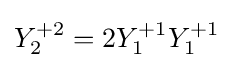
Y_{2}^{+2}=2Y_{1}^{+1}Y_{1}^{+1}